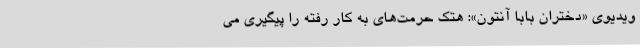
ویدیوی «دختران بابا آنتون»: هتک حرمت‌های به کار رفته را پیگیری می